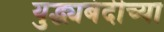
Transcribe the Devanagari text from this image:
युद्ध्यबंदीच्या